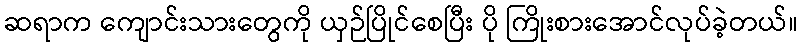
ဆရာက ကျောင်းသားတွေကို ယှဉ်ပြိုင်စေပြီး ပို ကြိုးစားအောင်လုပ်ခဲ့တယ်။